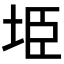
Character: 𭎏